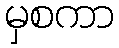
မှစကာ